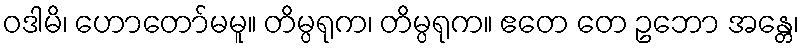
ဝဒါမိ၊ ဟောတော်မမူ။ တိမ္ပရုက၊ တိမ္ပရုက။ ဧတေ တေ ဥဘော အန္တေ၊